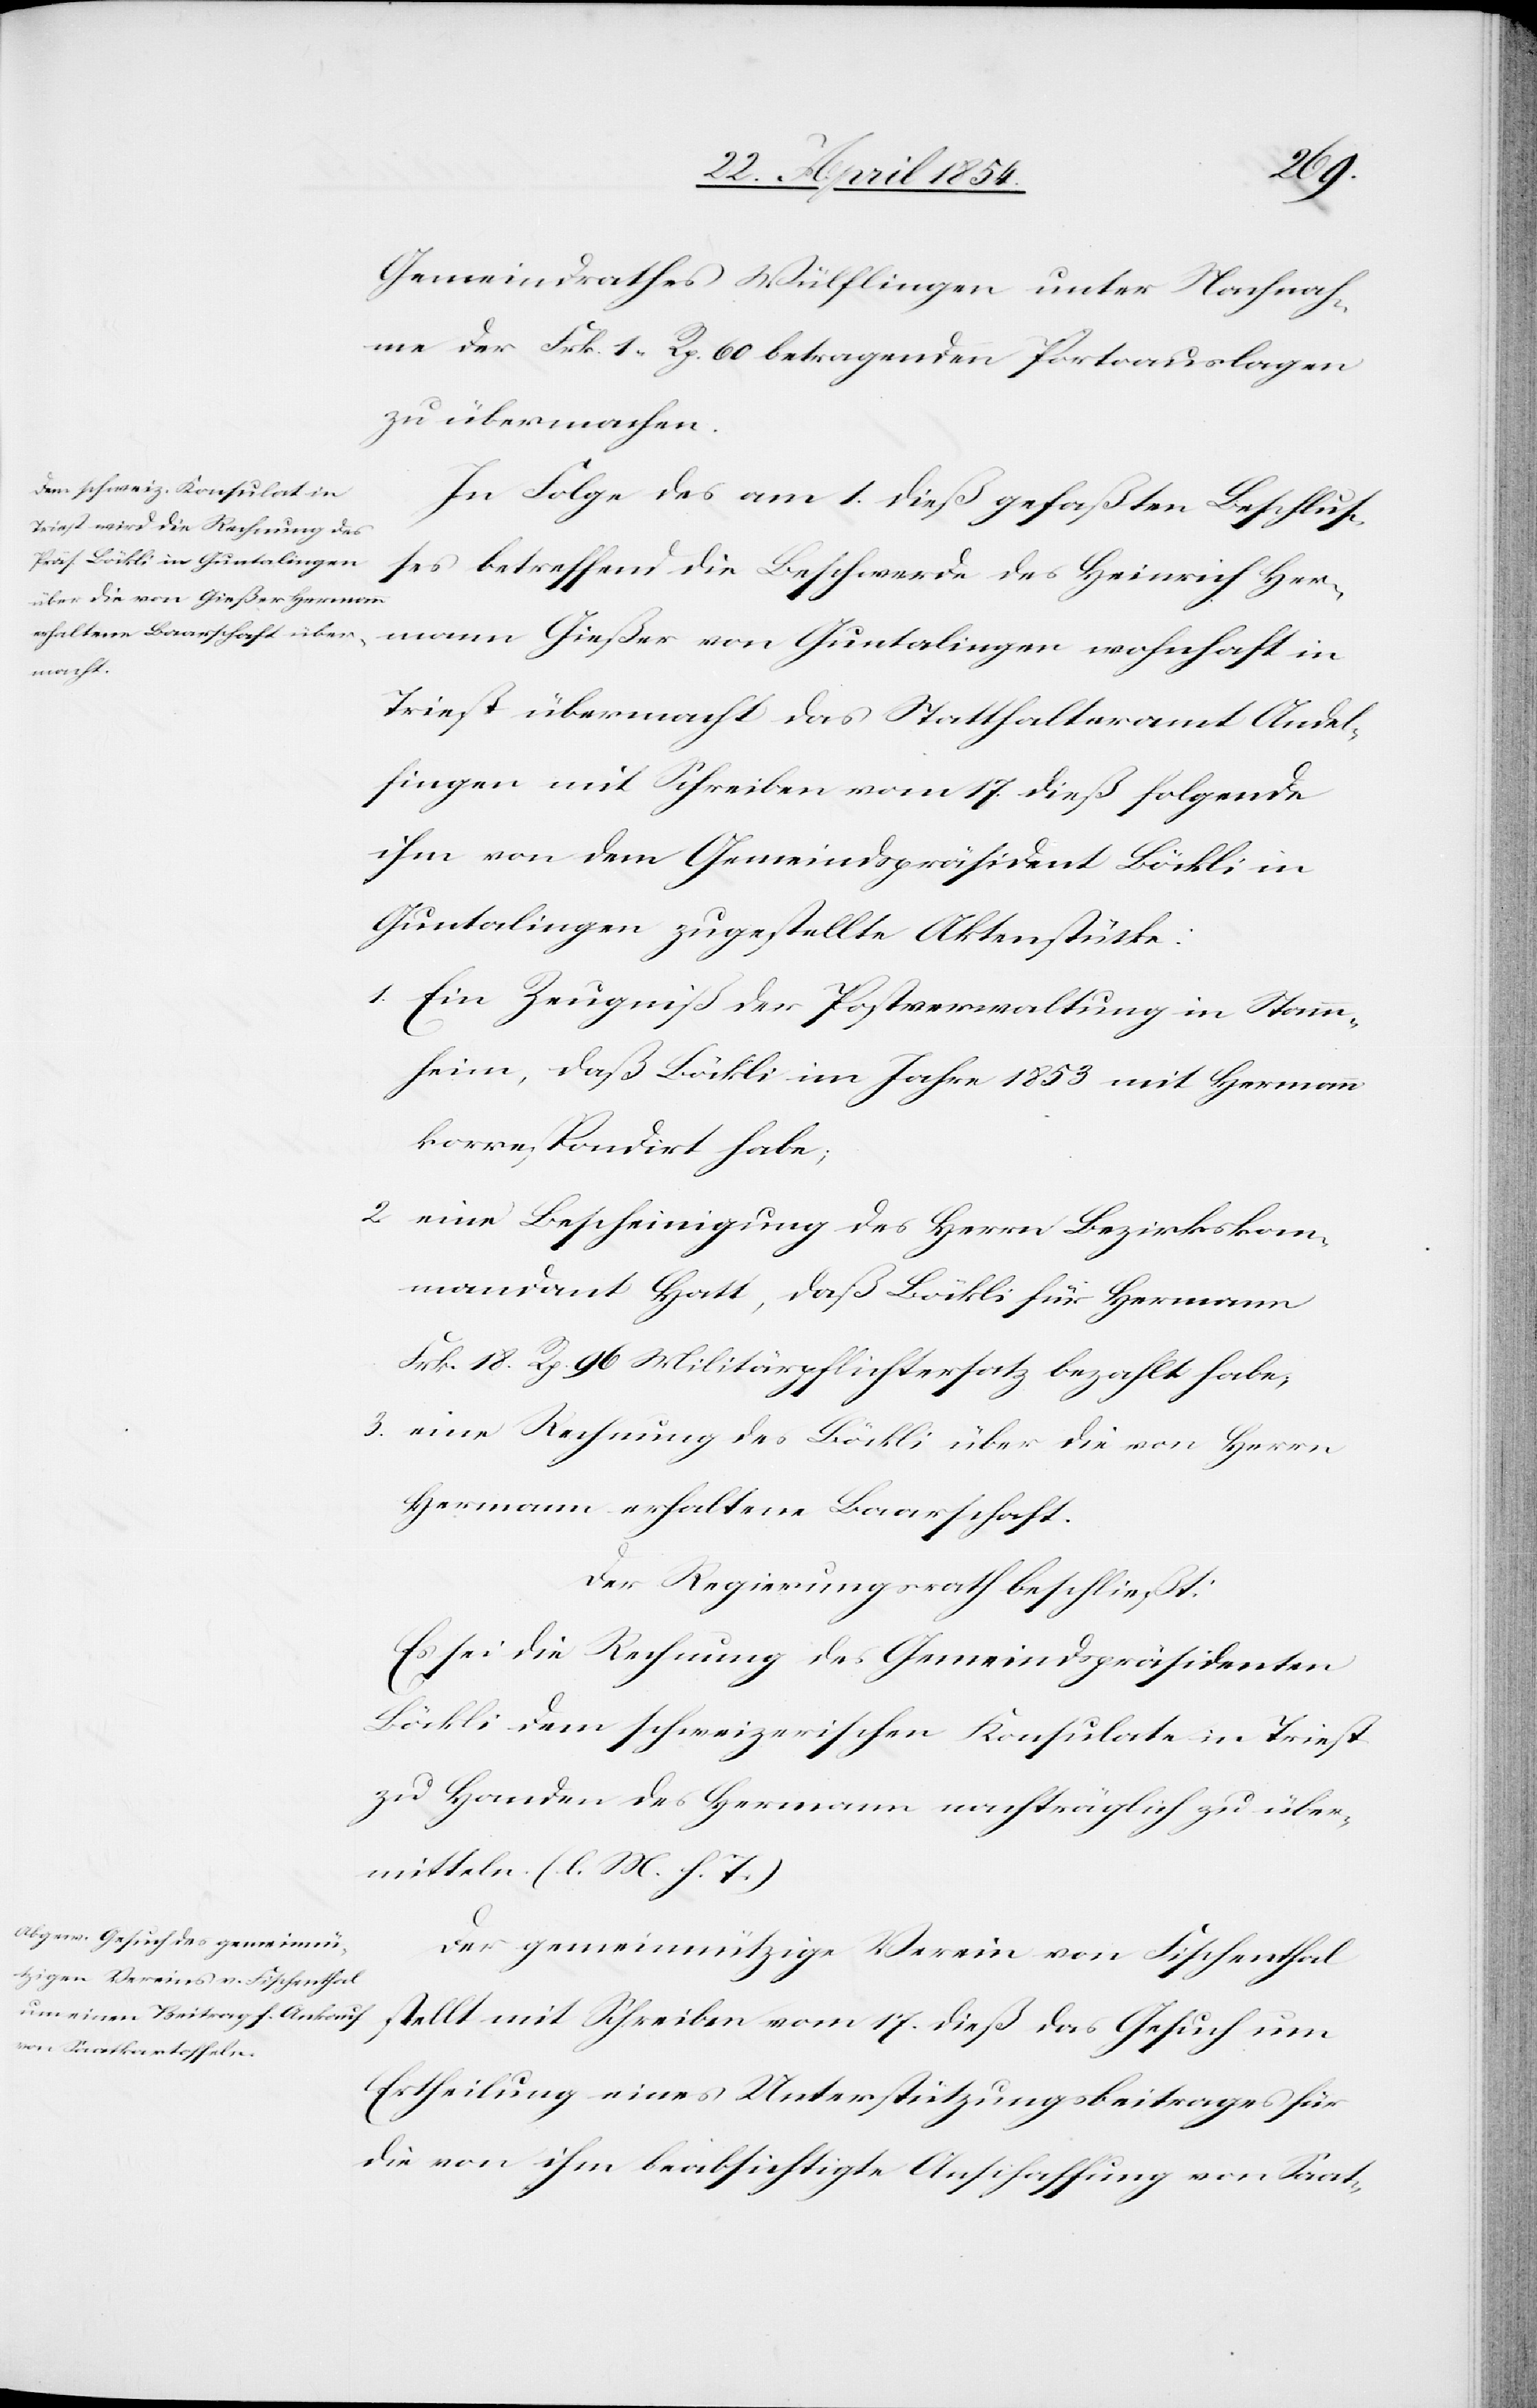
Gemeindrathes Wülflingen unter Nachnah¬
me der Frk. 1. Rp. 60 betragenden Portoauslagen
zu übermachen.
In Folge des am 1. dieß gefaßten Beschluß¬
es betreffend die Beschwerde des Heinrich Her¬
mann Gießer von Guntalingen wohnhaft in
Triest übermacht das Statthalteramt Andel¬
fingen mit Schreiben vom 17. dieß folgende
ihm von dem Gemeindspräsident Böckli in
Guntalingen zugestellte Aktenstücke:
1. Ein Zeugniß der Postverwaltung in Stamm¬
heim, daß Böckli im Jahre 1853 mit Hermann
korrespondirt habe;
2. eine Bescheinigung des Herrn Bezirkskom¬
mandant Hatt, daß Böckli für Hermann
Frk. 18 Rp. 96 Militärpflichtersatz bezahlt habe;
3. eine Rechnung des Böckli über die von Herrn
Hermann erhaltene Baarschaft.
Der Regierungsrath beschließt:
Es sei die Rechnung des Gemeindspräsidenten
Böckli dem schweizerischen Konsulate in Triest
zu Handen des Hermann nachträglich zu über¬
mitteln. (l. M. h. T.)
Der gemeinnützige Verein von Fischenthal
stellt mit Schreiben vom 17. dieß das Gesuch um
Ertheilung eines Unterstützungsbeitrages für
die von ihm beabsichtigte Anschaffung von Saat-